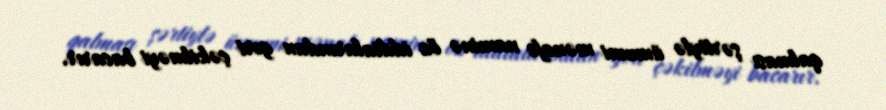
qalması şərtiylə ümumi mənafe naminə öz iddialarından geri çəkilməyi bacarır.